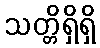
သတ္တိရှိရှိ